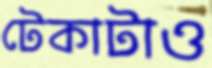
টেকাটাও